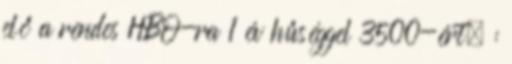
elő a rendes HBO-ra 1 év hűséggel 3500-ért. :